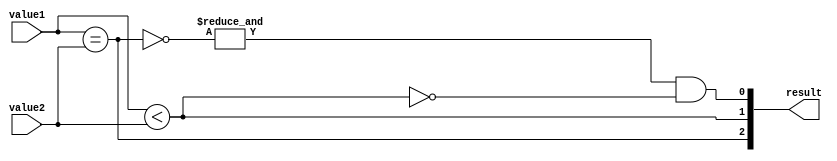
module comparator(
    input [31:0] value1,
    input [31:0] value2,
    output [2:0] result
);

wire [31:0] equal_comp;
wire [31:0] less_than_comp;

assign equal_comp = value1 == value2;
assign less_than_comp = value1 < value2;

assign result[2] = |equal_comp;
assign result[1] = |less_than_comp;
assign result[0] = &(~equal_comp) & (~less_than_comp);

endmodule